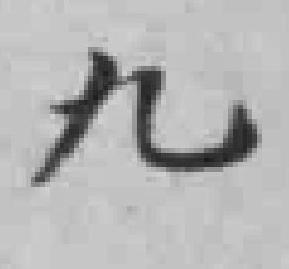
九